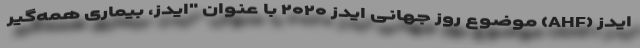
ایدز (AHF) موضوع روز جهانی ایدز ۲۰۲۰ با عنوان "ایدز، بیماری همه‌گیر